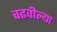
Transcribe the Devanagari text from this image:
चढवील्या